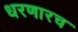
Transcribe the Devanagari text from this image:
धरणारच